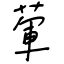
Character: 葷